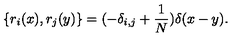
\{ r _ { i } ( x ) , r _ { j } ( y ) \} = ( - \delta _ { i , j } + \frac { 1 } { N } ) \delta ( x - y ) .